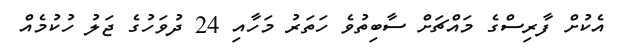
އެކުށް ފާރިސްގެ މައްޗަށް ސާބިތުވެ ހަތަރު މަހާއި 24 ދުވަހުގެ ޖަލު ހުކުމެއް